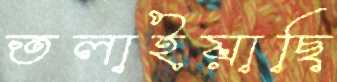
তলাইয়াছি